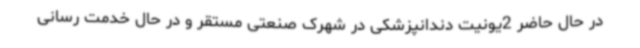
در حال حاضر 2یونیت دندانپزشکی در شهرک صنعتی مستقر و در حال خدمت رسانی